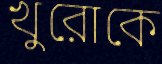
খুরোকে